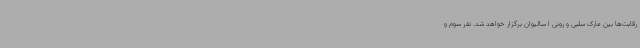
رقابت‌ها بین مارک سلبی و رونی ا سالیوان برگزار خواهد شد. نفر سوم و